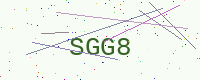
Text: SGG8